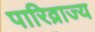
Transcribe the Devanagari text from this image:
पारिव्राज्य